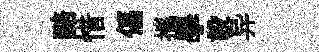
醅惜偪攜學設异